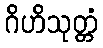
ဂိဟိသုတ္တံ